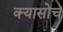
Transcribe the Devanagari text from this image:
क्यासोच